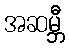
အဆမ္ဘီ